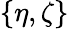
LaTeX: \{ \eta,\zeta\}